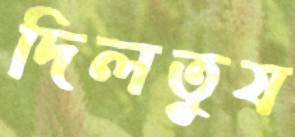
দিলতুষ